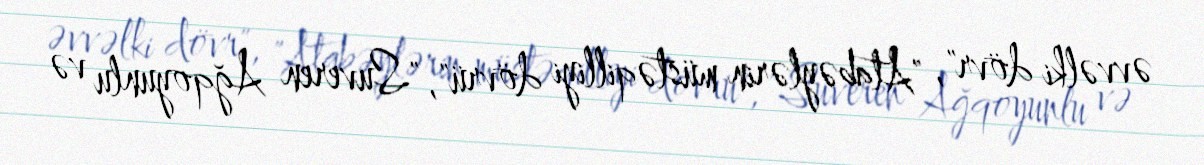
əvvəlki dövr", "Atabəylərin müstəqilliyi dövrü", "Suveren Ağqoyunlu və